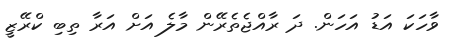
ވާހަކަ އަޑު އަހަން. ދަ ރާއްޖެތެރޭން މާލެ އަށް އަރާ ތިބި ކްރޭޒީ